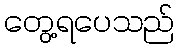
တွေ့ရပေသည်